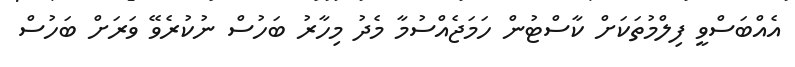
އެއްބަސްވީ ފިލްމުތަކަށް ކާސްޓުން ހަމަޖެއްސުމާ މެދު މިހާރު ބަހުސް ނުކުރެވޭ ވަރަށް ބަހުސް